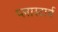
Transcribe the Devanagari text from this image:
प्लास्टार्च